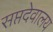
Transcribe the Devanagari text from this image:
सप्तदेवालय